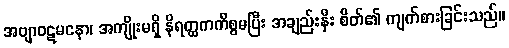
အဗျာဝဋမနော၊ အကျိုးမရှိ နိရတ္ထကကိစ္စမပြီး အချည်းနှီး စိတ်၏ ကျက်စားခြင်းသည်။